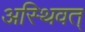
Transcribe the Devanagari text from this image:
अस्थिवत्